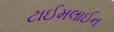
ટાઈમલાઈન